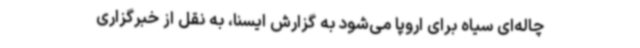
چاله‌ای سیاه برای اروپا می‌شود به گزارش ایسنا،‌ به نقل از خبرگزاری